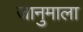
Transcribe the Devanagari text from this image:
जानुमाला